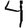
Digit: 4